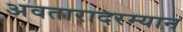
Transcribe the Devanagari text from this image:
अवतारादरम्यान